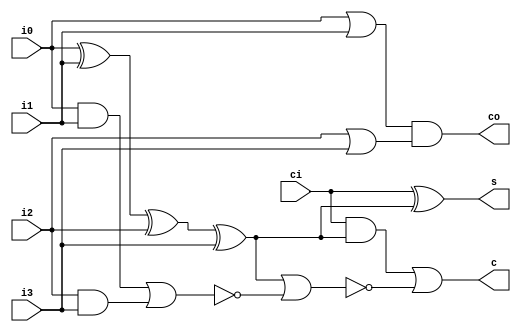
`timescale 1ns/10ps

module counter_5to3 (
  input   wire  i0,
  input   wire  i1, 
  input   wire  i2,
  input   wire  i3,
  input   wire  ci,
  output  wire  s,
  output  wire  c,
  output  wire  co
);

  wire s_temp = i0^i1^i2^i3;
  assign s  = ci^s_temp;
  assign co = (i0|i1) & (i2|i3);
  assign c  = (ci&s_temp) | ~(s_temp | ~((i0&i1) | (i2&i3)));
endmodule